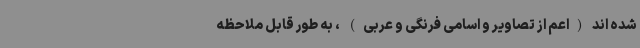
شده اند (اعم از تصاویر و اسامی فرنگی و عربی) ، به طور قابل ملاحظه